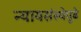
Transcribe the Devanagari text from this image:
न्यायसंस्थेपुढे